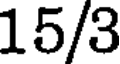
15/3